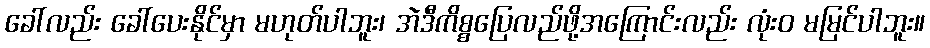
ခေါ်လည်း ခေါ်ပေးနိုင်မှာ မဟုတ်ပါဘူး၊ အဲဒီကိစ္စပြေလည်ဖို့အကြောင်းလည်း လုံးဝ မမြင်ပါဘူး။